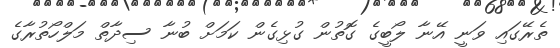
ތެރޭގައި ވަނީ އޭނާ ލޯބީގެ ގޮތުން ގުޅިގެން ކަމަށް ބުނާ ސިދާތް މަލްހޯތުރާގެ